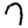
Digit: 7